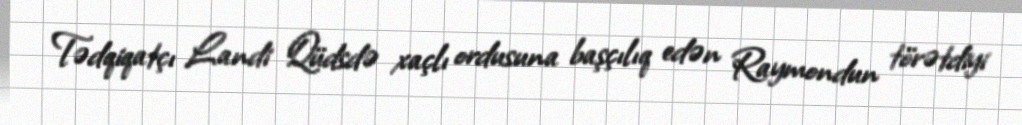
Tədqiqatçı Landi Qüdsdə xaçlı ordusuna başçılıq edən Raymondun törətdiyi